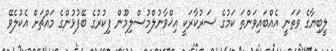
ލީބިޔާގެ ވަތަނީ އެއްބައިވަންތަ ކަމުގެ ސަރުކާރަކީ އިޚްވާނުލްމުސްލިމޫން ފިކުރުގެ ބޭފުޅުންގެ މައްޗަށް އެކުލެވޭ